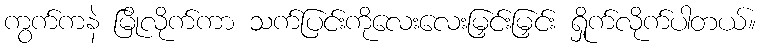
ကွက်ကနဲ မြိုလိုက်ကာ သက်ပြင်းကိုလေးလေးမြှင်းမြှင်း ရှိုက်လိုက်ပါတယ်။